Indian journal of veterinary science and animal husbandry - Volume 6,
Year: 1936
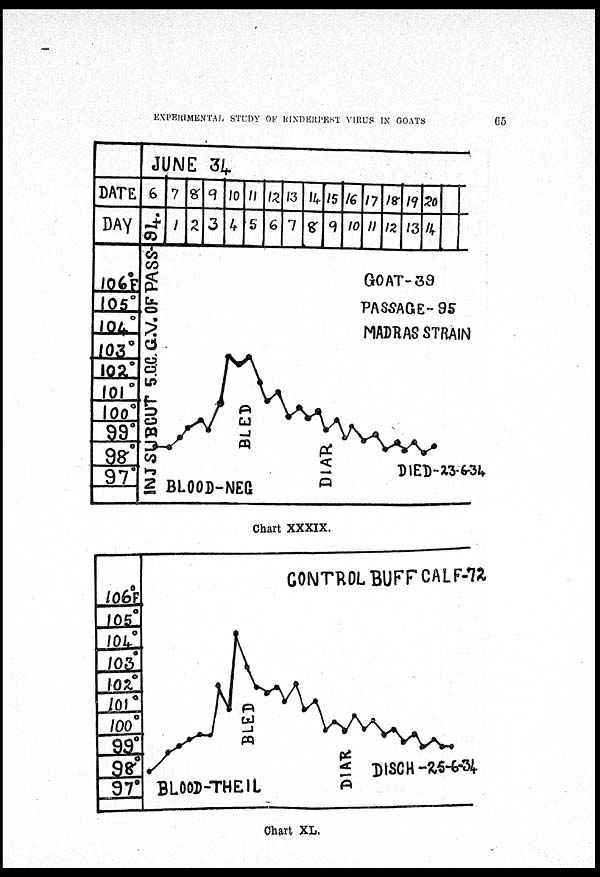
EXPERIMENTAL STUDY OF RINDERPEST VIRUS IN GOATS
65
Chart XXXIX.
Chart XL.